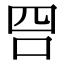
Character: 𠰝